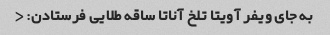
به جای ویفر آویتا تلخ آناتا ساقه طلایی فرستادن: <